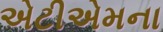
એટીએમના